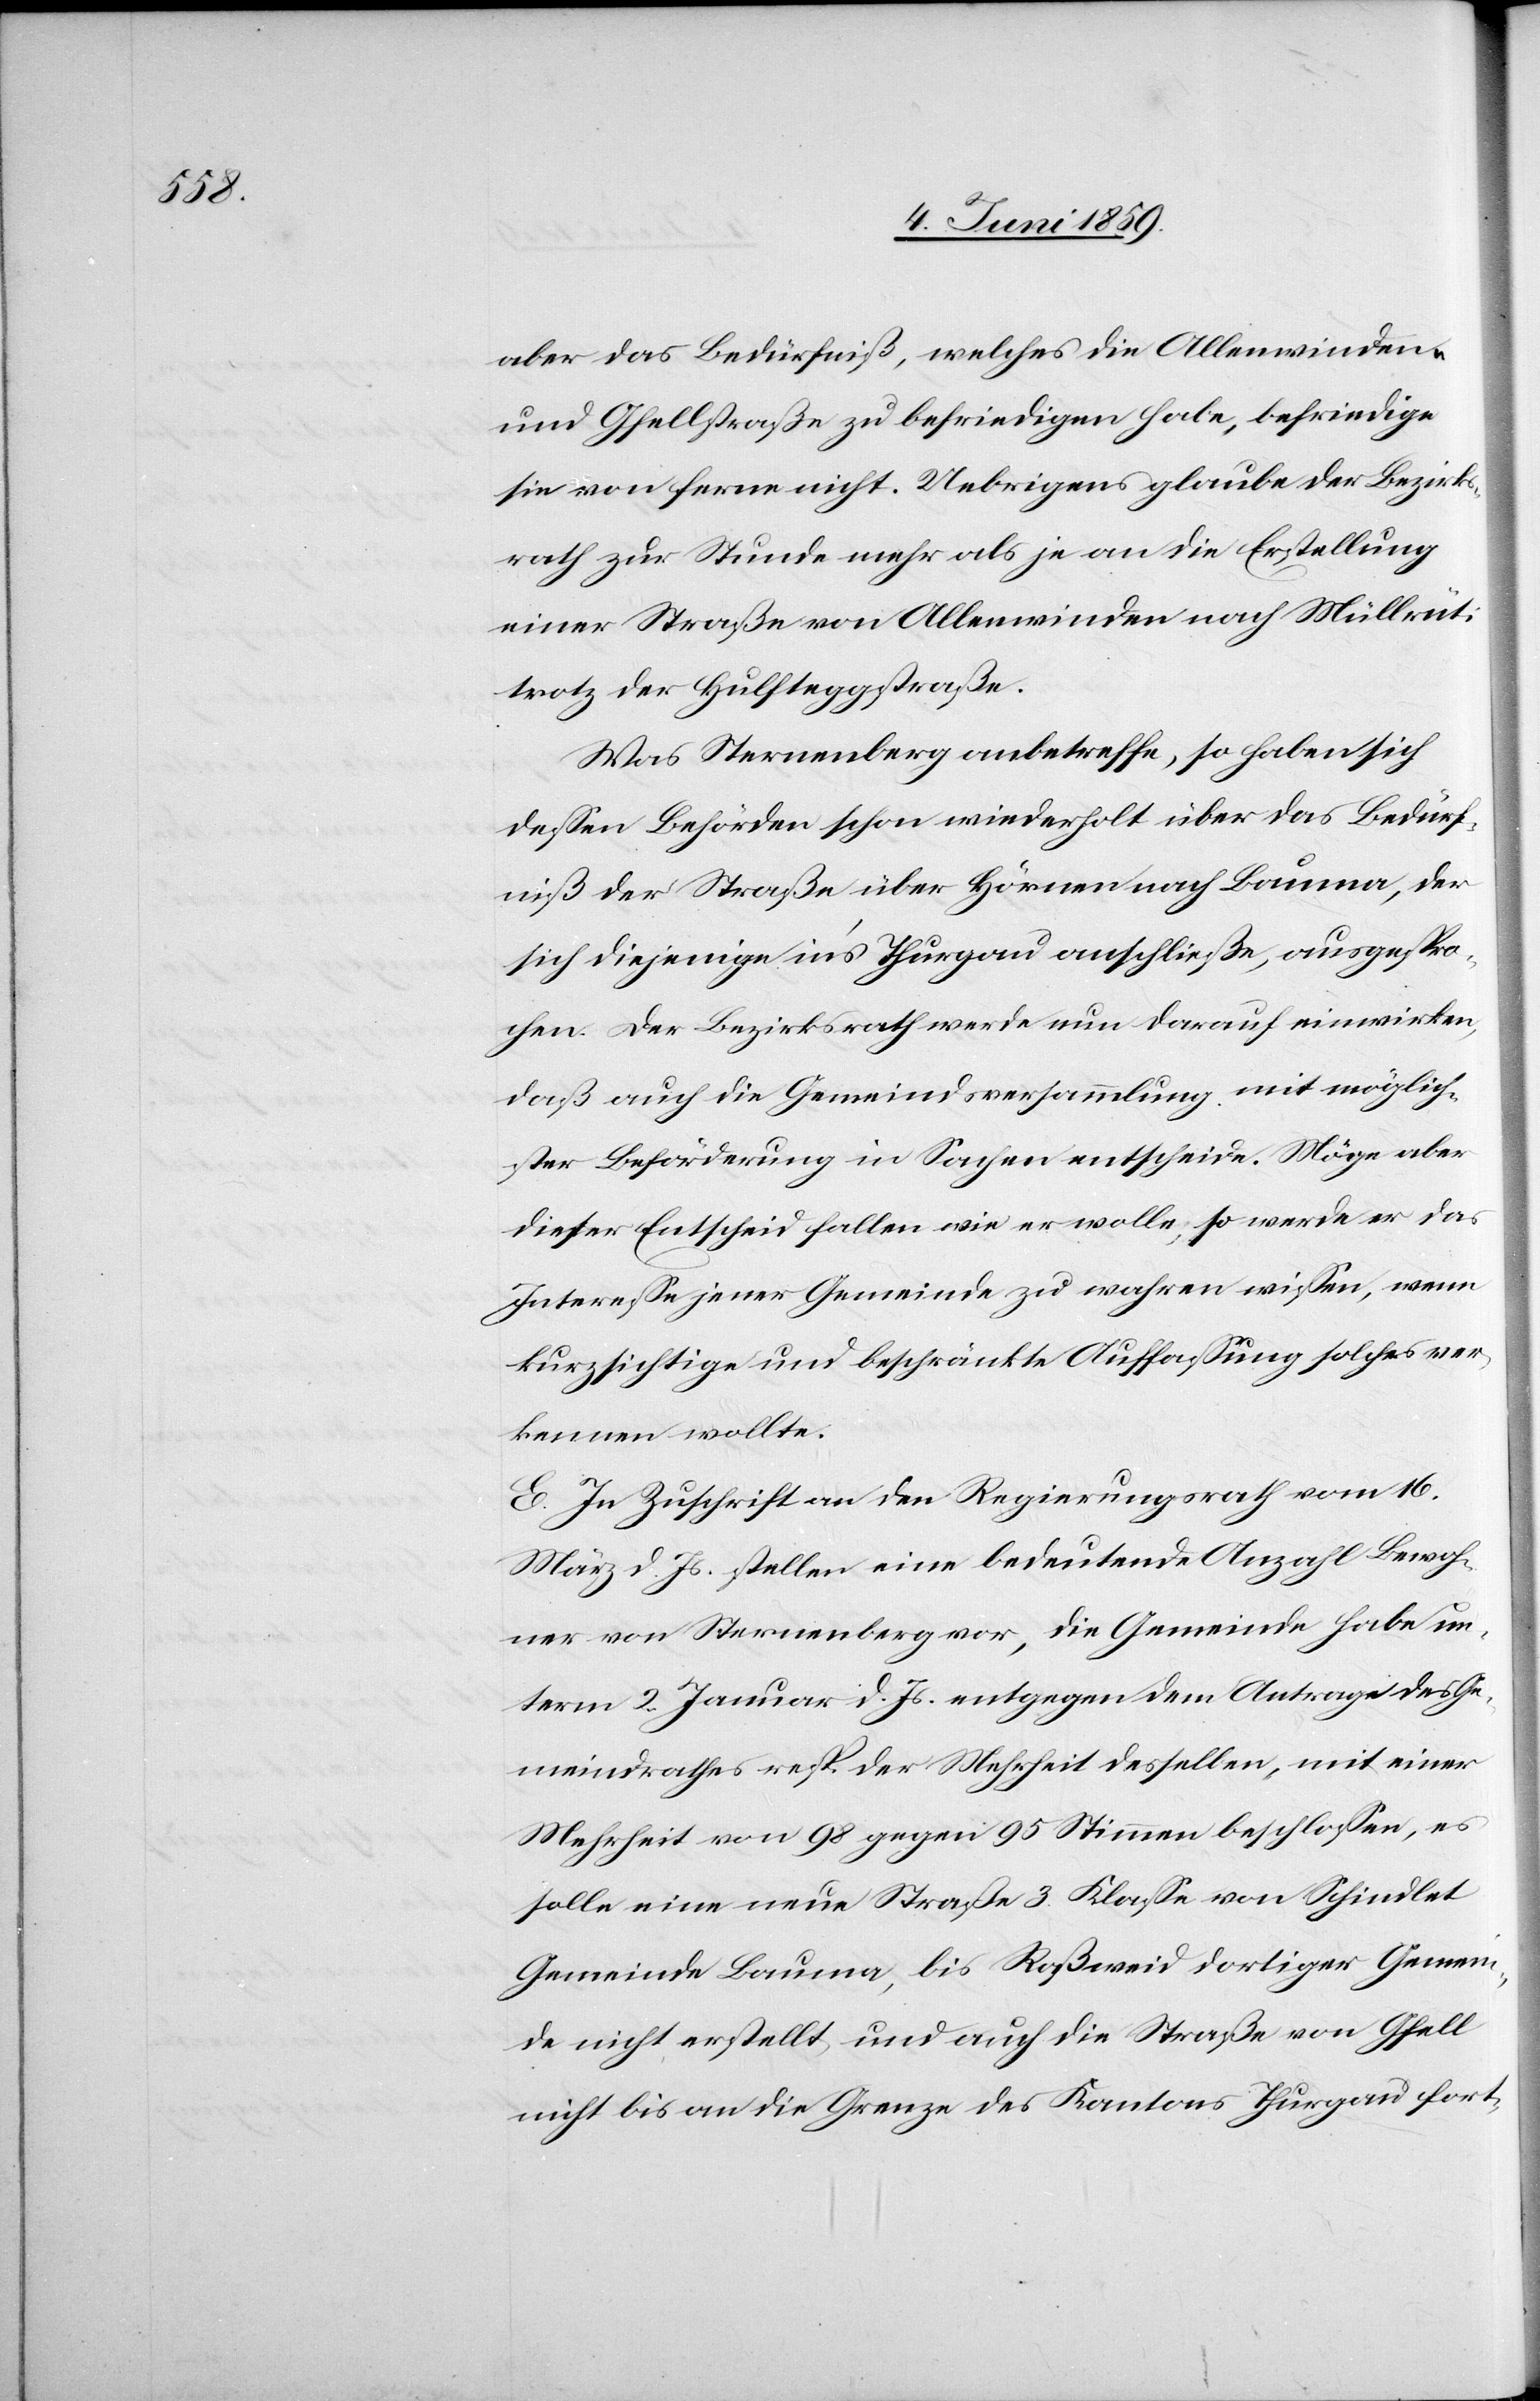
aber das Bedürfniß, welches die Allenwinden-
und Gfellstraße zu befriedigen habe, befriedige
sie von ferne nicht. Uebrigens glaube der Bezirks¬
rath zur Stunde mehr als je an die Erstellung
einer Straße von Allenwinden nach Müllrüti
trotz der Hulfteggstraße.
Was Sternenberg anbetreffe, so haben sich
dessen Behörden schon wiederholt über das Bedürf¬
niß der Straße über Hörnen nach Bauma, der
sich diejenige ins Thurgau anschließe, ausgespro¬
chen. Der Bezirksrath werde nun darauf einwirken,
daß auch die Gemeindsversammlung mit möglich¬
ster Beförderung in Sachen entscheide. Möge aber
dieser Entscheid fallen wie er wolle, so werde er das
Interesse jener Gemeinde zu wahren wissen, wenn
kurzsichtige und beschränkte Auffassung solches ver¬
kennen wollte.
E. In Zuschrift an den Regierungsrath vom 16.
März d. Js. stellen eine bedeutende Anzahl Bewoh¬
ner von Sternenberg vor, die Gemeinde habe un¬
term 2. Januar d. Js. entgegen dem Antrage des Ge¬
meindsrathes resp. der Mehrheit desselben, mit einer
Mehrheit von 98 gegen 95 Stimmen beschlossen, es
solle eine neue Straße 3. Klasse von Schindlet
Gemeinde Bauma, bis Roßweid dortiger Gemein¬
de nicht erstellt, und auch die Straße von Gfell
nicht bis an die Grenze des Kantons Thurgau fort-